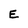
Character: E